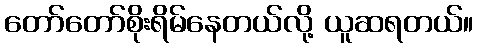
တော်တော်စိုးရိမ်နေတယ်လို့ ယူဆရတယ်။